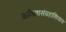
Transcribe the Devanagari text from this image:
कवितासंग्रहांशिवाय